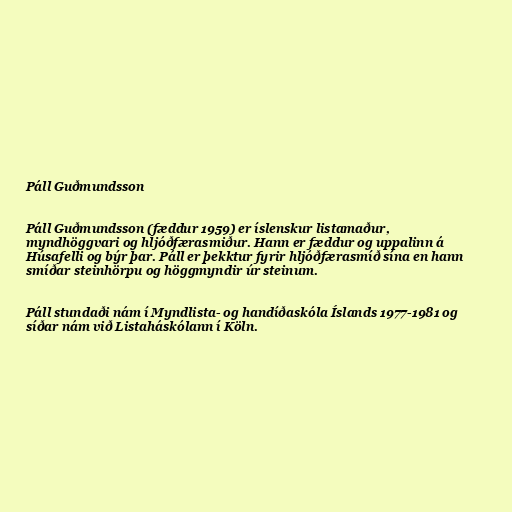
Páll Guðmundsson

Páll Guðmundsson (fæddur 1959) er íslenskur listamaður,
myndhöggvari og hljóðfærasmiður. Hann er fæddur og uppalinn á
Húsafelli og býr þar. Páll er þekktur fyrir hljóðfærasmíð sína en hann
smíðar steinhörpu og höggmyndir úr steinum.

Páll stundaði nám í Myndlista- og handíðaskóla Íslands 1977-1981 og
síðar nám við Listaháskólann í Köln.